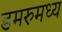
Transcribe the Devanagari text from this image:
डमरुमध्य